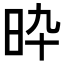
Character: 𣅢